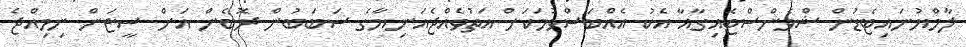
ލާމްޔުނައިޓެޑުން ޝްވެންސްޓެއިގާއާ އެކު އެއްބަސްވުމަކަށް އަތުވެއްޖެއަނިޔާގެ ސަަބަބުން ރޮބެން އަށް ސީޒަން ނިިމިއްޖެ